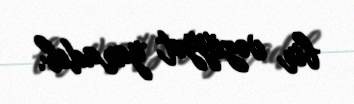
bir vəziyyət yaradıb.